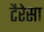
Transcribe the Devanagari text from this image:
टैरेसा